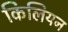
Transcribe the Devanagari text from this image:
किलियन